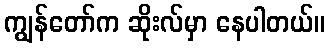
ကျွန်တော်က ဆိုးလ်မှာ နေပါတယ်။